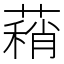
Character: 蕱